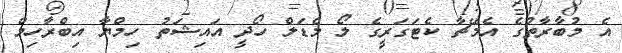
އެ މުބާރާތުގެ އެމޭޗާ ކެޓަގަރީގެ ލޯ މެޑަލް ހޯދީ އައިޝަތު ހިމްޔާ އިބްރާހިމް